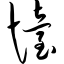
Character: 怡